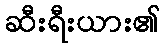
ဆီးရီးယား၏